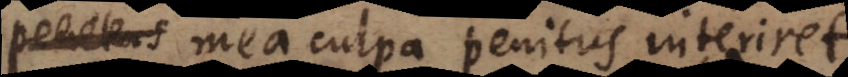
mea culpa penitus interiret;